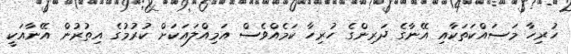
ހުރިހާ މަސައްކަތަކާއި އޭނާގެ ދަރިންގެ ހުރިހާ ކަމެއްވެސް އަމިއްލައަކަށް ކުރުމުގެ އިތުރުން އޭނާއަކީ